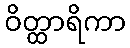
ဝိတ္ထာရိကာ